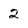
Character: 2